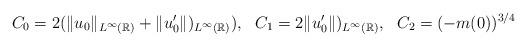
LaTeX: \begin{align*}C_0=2(\|u_0\|_{L^\infty(\mathbb{R})}+\|u_0^\prime\|)_{L^\infty(\mathbb{R})}),~~C_1=2\|u_0^\prime\|)_{L^\infty(\mathbb{R})},~~C_2=(-m(0))^{3/4}\end{align*}